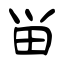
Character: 畄